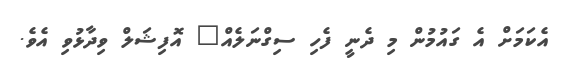
އެކަމަށް އެ ގައުމުން މި ދެނީ ފެހި ސިގްނަލެއް" އޮފިޝަލް ވިދާޅުވި އެވެ.